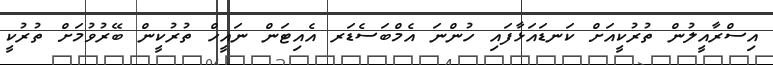
އިސްރާއީލުން ތުރުކީއަށް ކަނޑައަޅާފައި ހުންނަ އެމްބަސެޑަރ އެއިޓަން ނައީހް ތުރުކީން ބޭރުވުމަށް ތުރުކީ